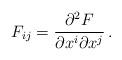
LaTeX: \begin{align*}F_{ij}=\frac{\partial ^2F}{\partial x^i\partial x^j}\,.\end{align*}